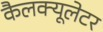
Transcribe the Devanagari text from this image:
कैलक्यूलेटर